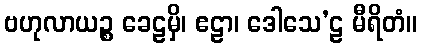
ဗဟုလာယဉ္စ ခေဠမှိ၊ ဧဠာ၊ ဒေါသေ’ဠ မီရိတံ။